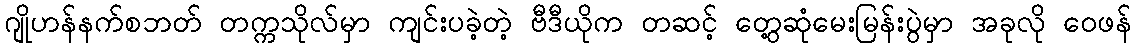
ဂျိုဟန်နက်စဘတ် တက္ကသိုလ်မှာ ကျင်းပခဲ့တဲ့ ဗီဒီယိုက တဆင့် တွေ့ဆုံမေးမြန်းပွဲမှာ အခုလို ဝေဖန်